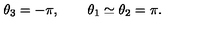
\theta _ { 3 } = - \pi , \qquad \theta _ { 1 } \simeq \theta _ { 2 } = \pi .